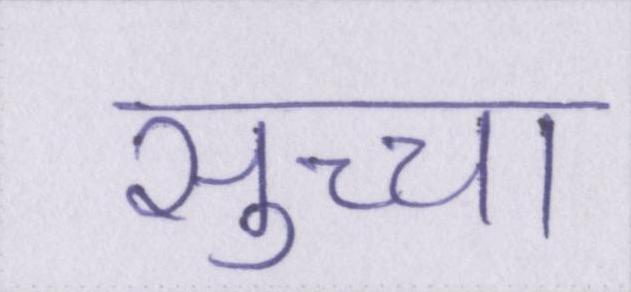
सुच्चा